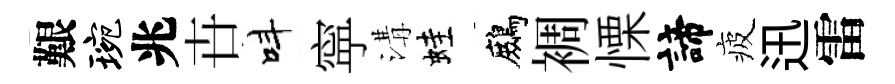
艱琬兆卋呌寜溝蛙鷓裯慄諦疲迅雷